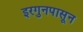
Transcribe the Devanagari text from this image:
इरगुनपासून